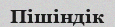
Пішіндік